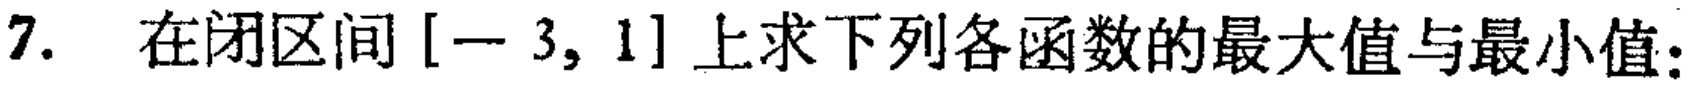
7. 在闭区间$[-3,1]$上求下列各函数的最大值与最小值：